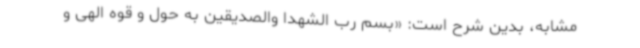
مشابه، بدین شرح است: «بسم رب الشهدا والصدیقین به حول و قوه الهی و